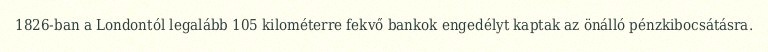
1826-ban a Londontól legalább 105 kilométerre fekvő bankok engedélyt kaptak az önálló pénzkibocsátásra.